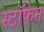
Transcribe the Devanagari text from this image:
स्टॉफेन